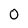
Character: O